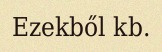
Ezekből kb.